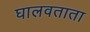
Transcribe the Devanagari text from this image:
घालवताता